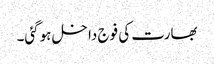
بھارت کی فوج داخل ہوگئی۔